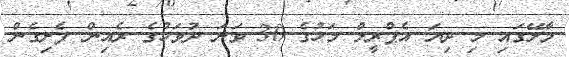
މާލޭގައި މި ދިޔަ އެޕްރީލް މަހުގެ 30 ވަނަ ދުވަހުގެ ރެއިން ފެށިގެން